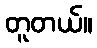
တူတယ်။